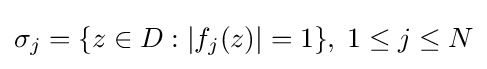
\sigma _{j}=\{z\in D:|f_{j}(z)|=1\},\;1\leq j\leq N